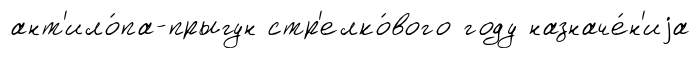
ант'ило́па-прыгун стр'елко́вого году назначе́н'иjа